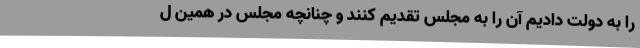
را به دولت دادیم آن را به مجلس تقدیم کنند و چنانچه مجلس در همین ل